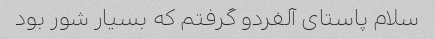
سلام پاستای آلفردو گرفتم که بسیار شور بود